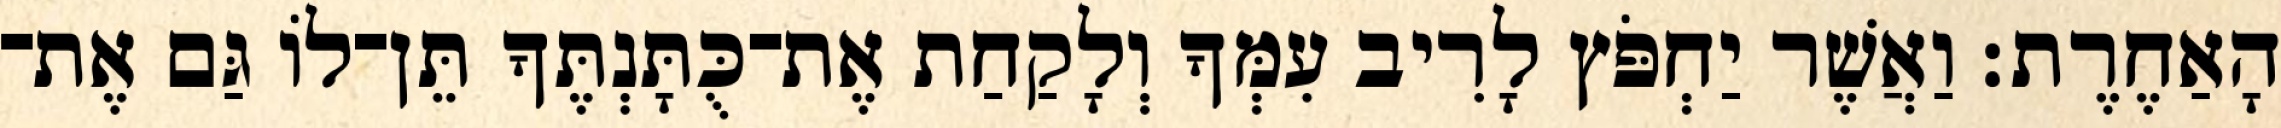
הָאַחֶרֶת׃ וַאֲשֶׁר יַחְפֹּץ לָרִיב עִמְּךָ וְלָקַחַת אֶת־כֻּתָּנְתֶּךָ תֵּן־לוֹ גַּם אֶת־